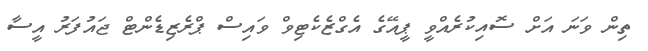
ތިން ވަނަ އަށް ސޮއިކުރެއްވީ ޕީއޭގެ އެގްޒެކެޓިވް ވައިސް ޕްރެޒިޑެންޓް ޖައުފަރު އީސާ